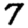
Digit: 7